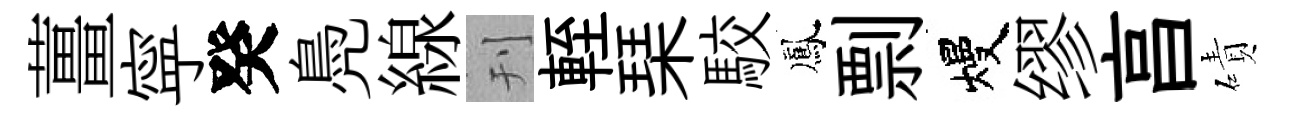
薑寜癸鳧線刊輊琹駮鳳剽熳缪亯磧